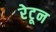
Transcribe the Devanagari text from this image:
रेटून